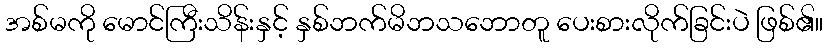
အစ်မကို မောင်ကြီးသိန်းနှင့် နှစ်ဘက်မိဘသဘောတူ ပေးစားလိုက်ခြင်းပဲ ဖြစ်၏။